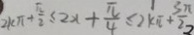
2 k \pi + \frac { \pi } { 2 } \leq 2 x + \frac { \pi } { 4 } \leq 2 k \pi + \frac { 3 \pi } { 2 }